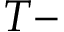
T -